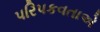
પરિપકવતાએ